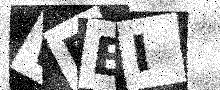
Text: WREI